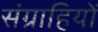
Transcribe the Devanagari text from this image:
संग्राहियों